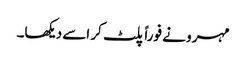
مہرو نے فوراً پلٹ کر اسے دیکھا۔